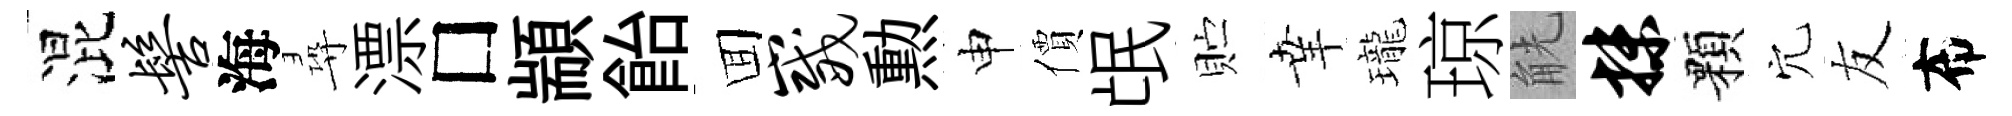
混髻海尋漂□顓飴囬崴勲申價氓贮𦍒瓏琼觥抹顆穴友布